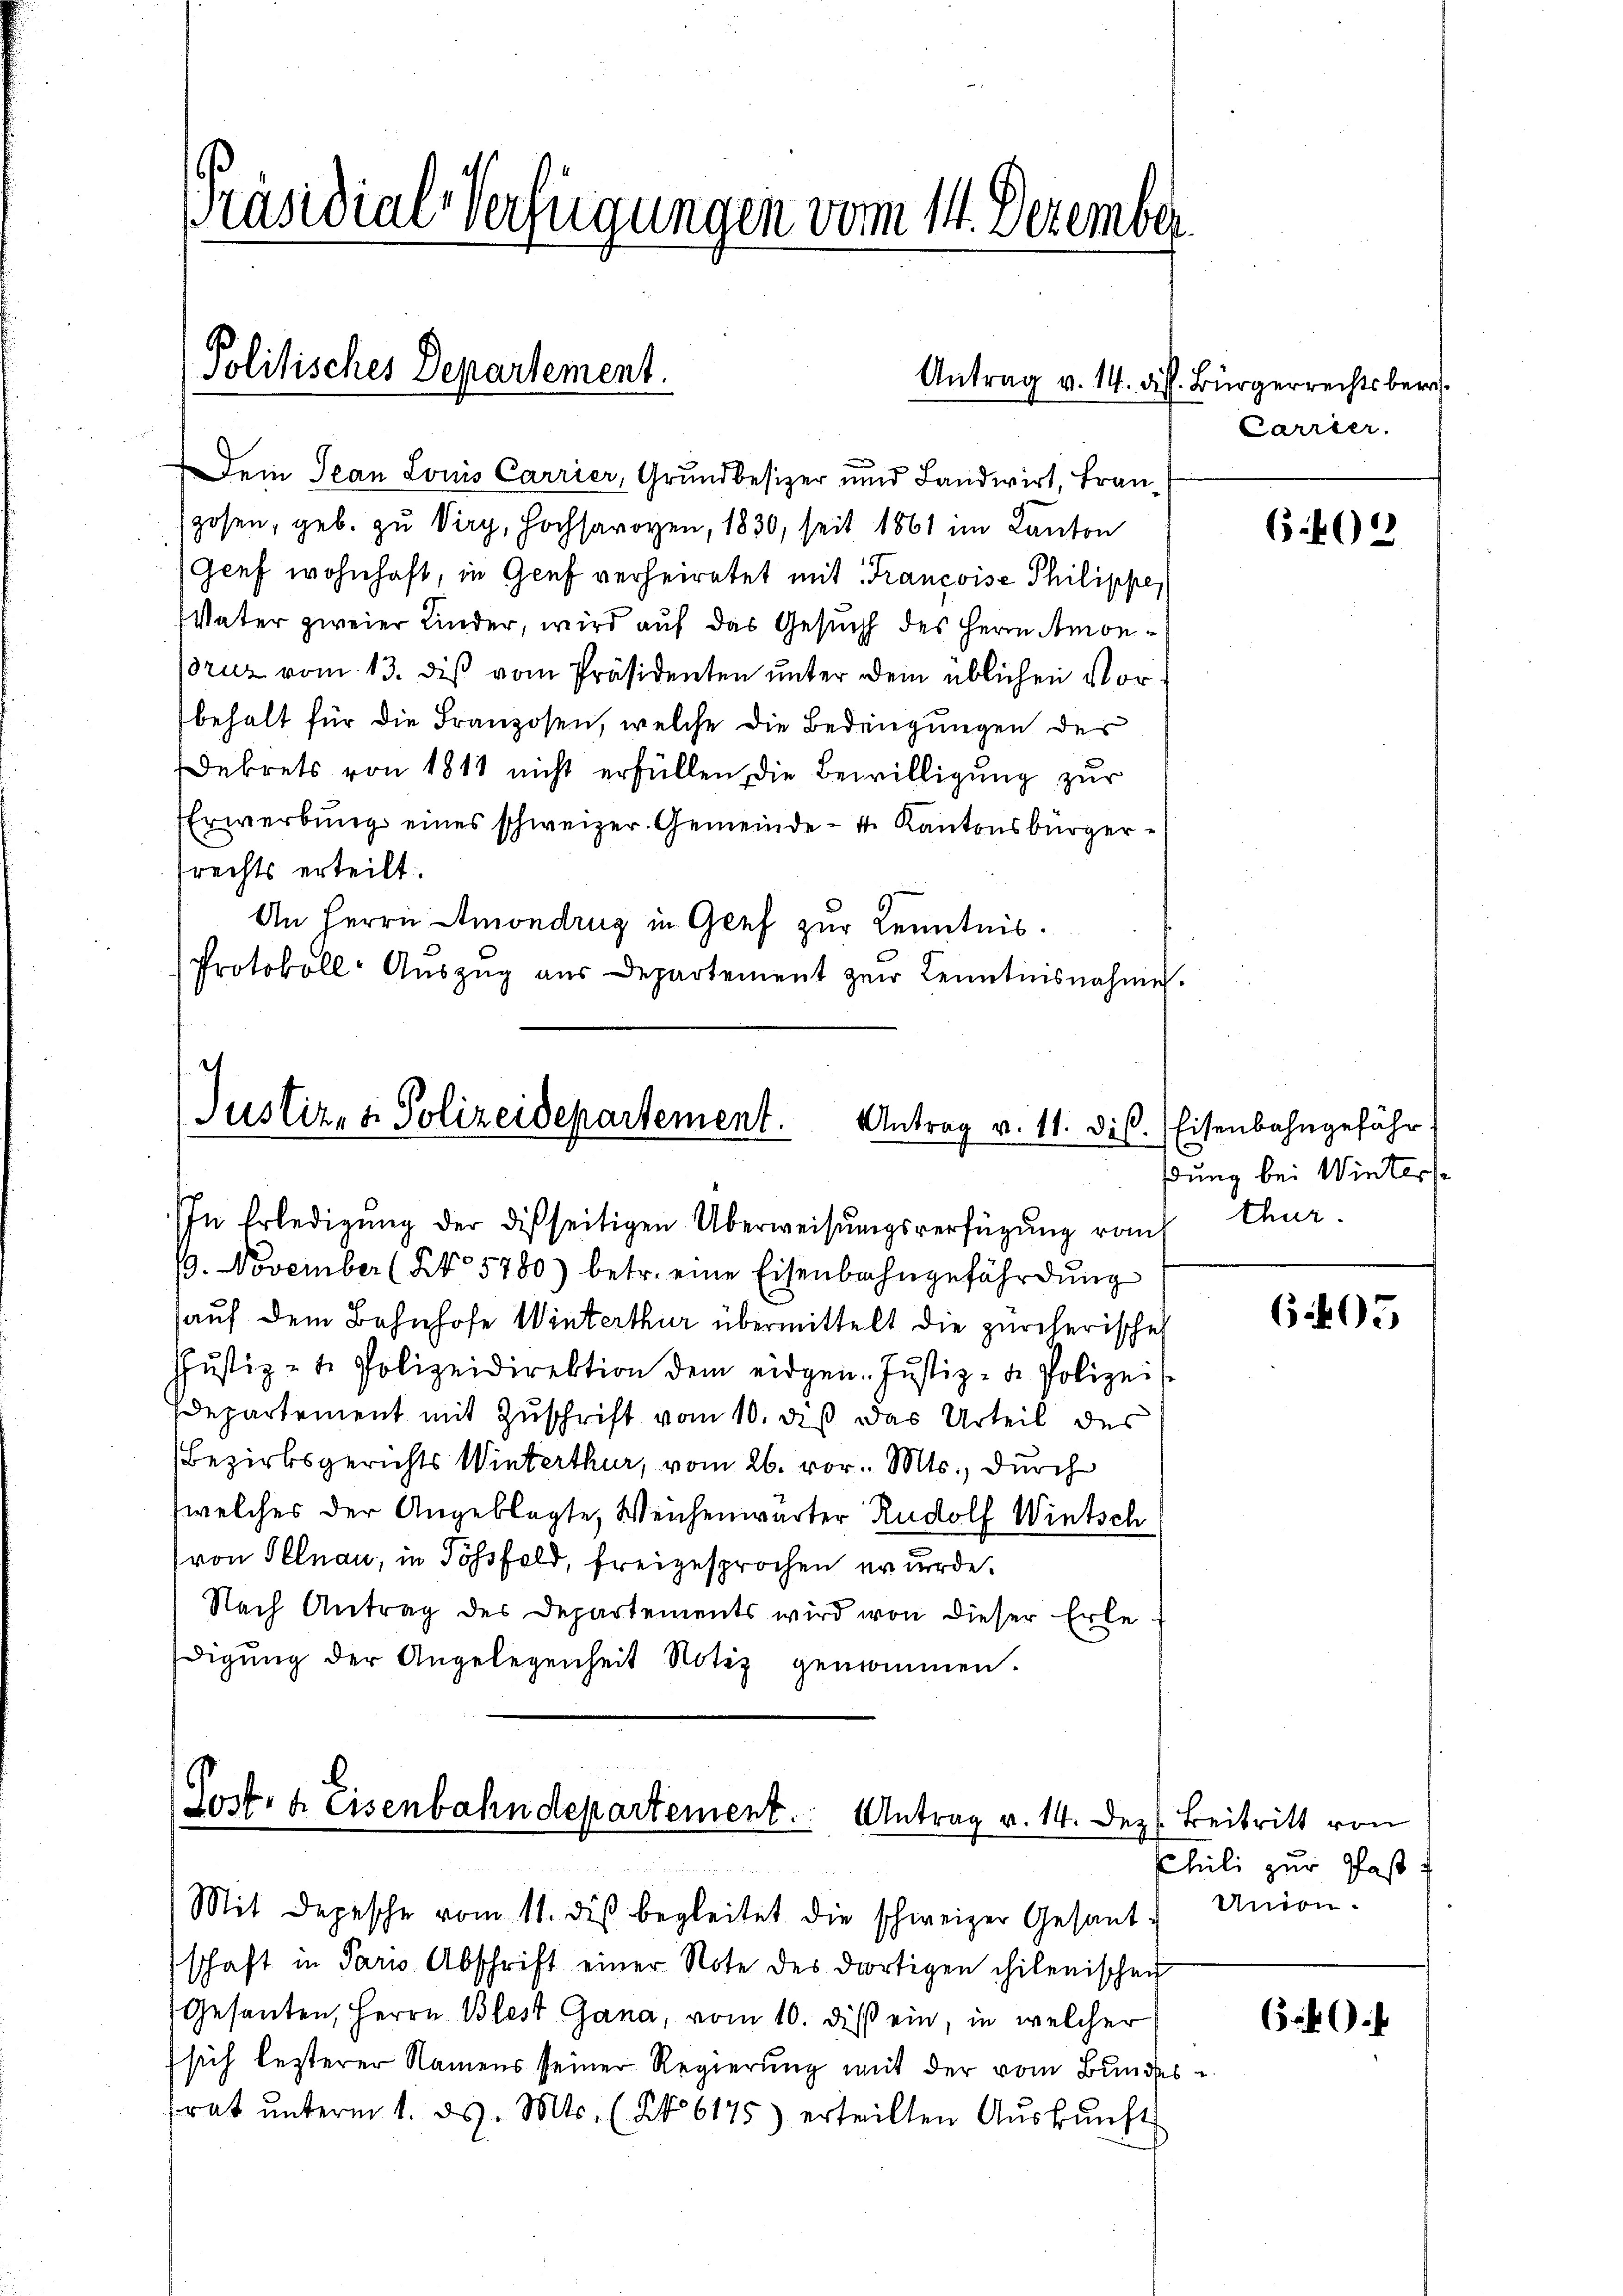
PPräsidial-Verfügungen vom 14. Dezember

Politisches Departement.

Antrag v. 14. di

Dein Jean Louis Carrier, Grundbesizer und Landwirt, Franzosen, geb. zŭ Virg, hochsaroven, 1830, seit 1861 im Kanton
Genf wohnhaft, in Genf verheiratet mit Francoise Philippen
Vater zweier Kinder, wird auf das Gesuch des Herrn Amonruz vom 13. diß vom Präsidenten unter dem üblichen Vorbehalt für die Franzosen, welche die Bedingungen des
Dekrets von 1811 nicht erfüllen, die Bewilligung zur
Erwerbung eines schweizer. Gemeinde - 4. Kantonsbürgerrechts erteilt.
An Herrn Amondrug in Genf zur Kenntnis.
Protokoll-Auszug aus Departement zur Kenntnisnahme.

Justiz- & Polizeidepartement.
Antrag v. 11. dis.

Jost- u. Eisenbahndepartement. Antrag v. 14. Dez.

In Erledigŭng der disseitigen Überweisŭngsverfügŭng von Thur
(9. November (No 5780) betr. eine Eisenbahngefährdŭng
auf dem Bahnhofe Winterthur übermittelt die zürcherische
Jŭstiz - t. Polizeidirektion dem eidgen. Jŭstiz- de Polizei-
departement mit Zuschrift vom 10. diß das Urteil des
Bezirksgerichts Winterthur, vom 26. vor. Mts., durch
welches der Angeklagte, Weichenwärter Rudolf Wintsch
von Illnau, in Sössfeld, freigesprochen wurde.
Nach Antrag des Departements wird von dieser Erle
digŭng der Angelegenheit Notiz genommen.

s. Bürgerrechtsber
Carrier.

Mit Depesche vom 11. des begleitet die schweizer Gesantschaft in Paris Abschrift einer Note des dortigen chilenischen
Gesanten, Herrn Blest Gana, vom 10. diß ein, in welcher
sich lezterer Namens seiner Regierung mit der vom Bundesrat ŭnterm 1. ds. Mts. (N. 6175) erteilten Aŭskŭnft

6.46)

Eisenbahngefähr.
ßung bei Winters

6405

Beitritt von
Chili zur Past
Union-

x